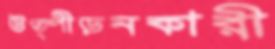
উত্পীড়নকারী